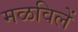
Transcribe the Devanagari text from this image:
मळविलें